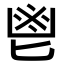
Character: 鬯